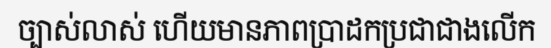
ច្បាស់លាស់ ហើយមានភាពប្រាដកប្រជាជាងលើក